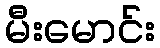
မီးမောင်း